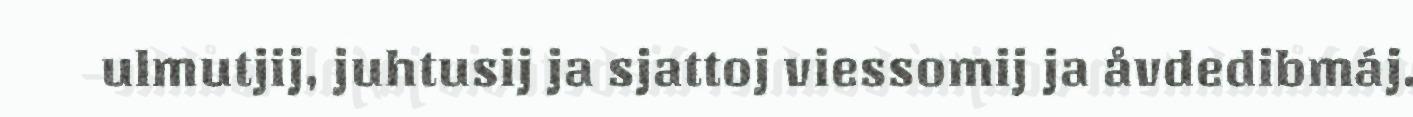
ulmutjij, juhtusij ja sjattoj viessomij ja åvdedibmáj.